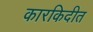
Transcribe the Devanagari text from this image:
कारकिदीत